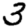
Digit: 3